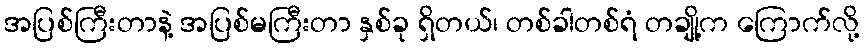
အပြစ်ကြီးတာနဲ့ အပြစ်မကြီးတာ နှစ်ခု ရှိတယ်၊ တစ်ခါတစ်ရံ တချို့က ကြောက်လို့